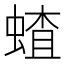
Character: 𬠜